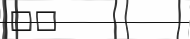
٢٩